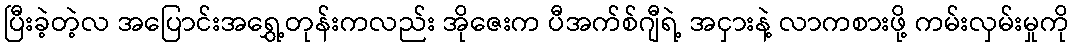
ပြီးခဲ့တဲ့လ အပြောင်းအရွှေ့တုန်းကလည်း အိုဇေးက ပီအက်စ်ဂျီရဲ့ အငှားနဲ့ လာကစားဖို့ ကမ်းလှမ်းမှုကို